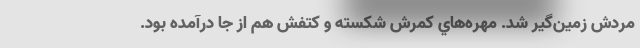
مردش زمين‌گير شد. مهره‌هاي كمرش شكسته و كتفش هم از جا درآمده بود.